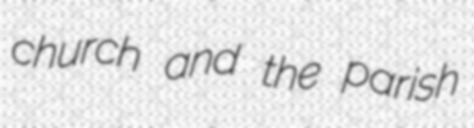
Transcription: church and the parish